Civil Veterinary Dept. Bombay admin report 1893-99 - 1893-1899
Year: 1893
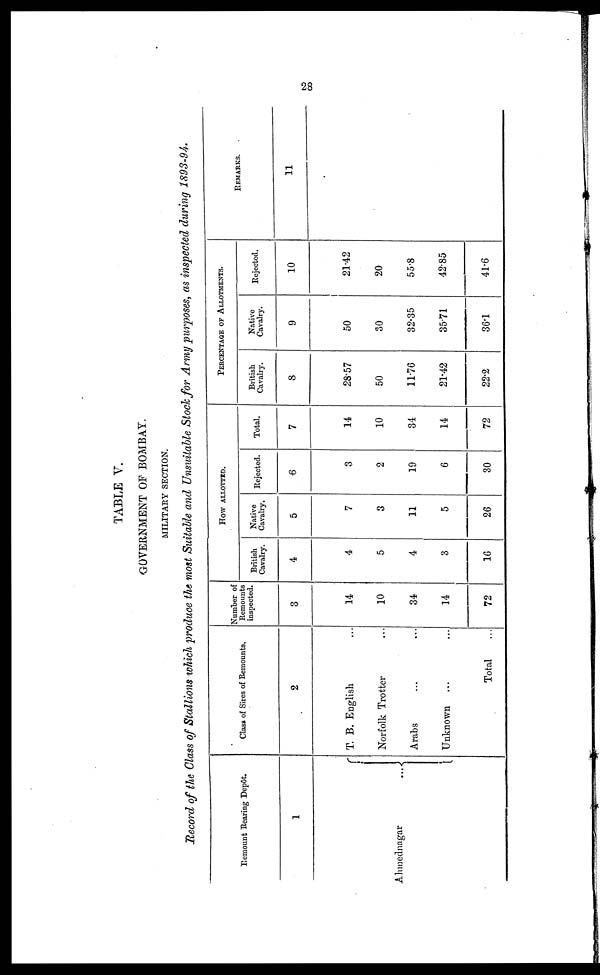
28
TABLE V.
GOVERNMENT OF BOMBAY.
MILITARY SECTION.
Record of the Class of Stallions which produce the most Suitable and Unsuitable Stock for Army purposes, as inspected during 1893-94.
Remount Rearing Depot.
1
Ahmednagar
...
Class of Sires of Remounts.
2
T. B. English ...
Norfolk Trotter ...
Arabs ... ...
Unknown ... ...
Total ...
Number of
Remounts
inspected.
3
14
10
34
14
72
HOW ALLOTTED.
British
Cavalry.
4
4
5
4
3
16
Native
Cavalry.
5
7
3
11
5
26
Rejected.
6
3
2
19
6
30
Total.
7
14
10
34
14
72
PERCENTAGE OF ALLOTMENTS.
British
Cavalry.
8
28.57
50
11.76
21.42
22.2
Native
Cavalry.
9
50
30
32.35
35.71
36.1
Rejected.
10
21.42
20
55.8
42.85
41.6
REMARKS.
11